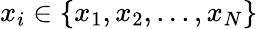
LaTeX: x_{i}\in\{ x_{1},x_{2},...,x_{N}\}